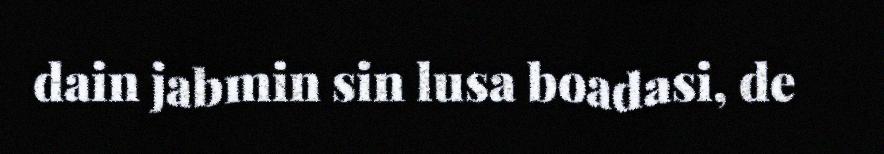
dain jabmin sin lusa boadasi, de